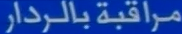
مراقبة بالرادار